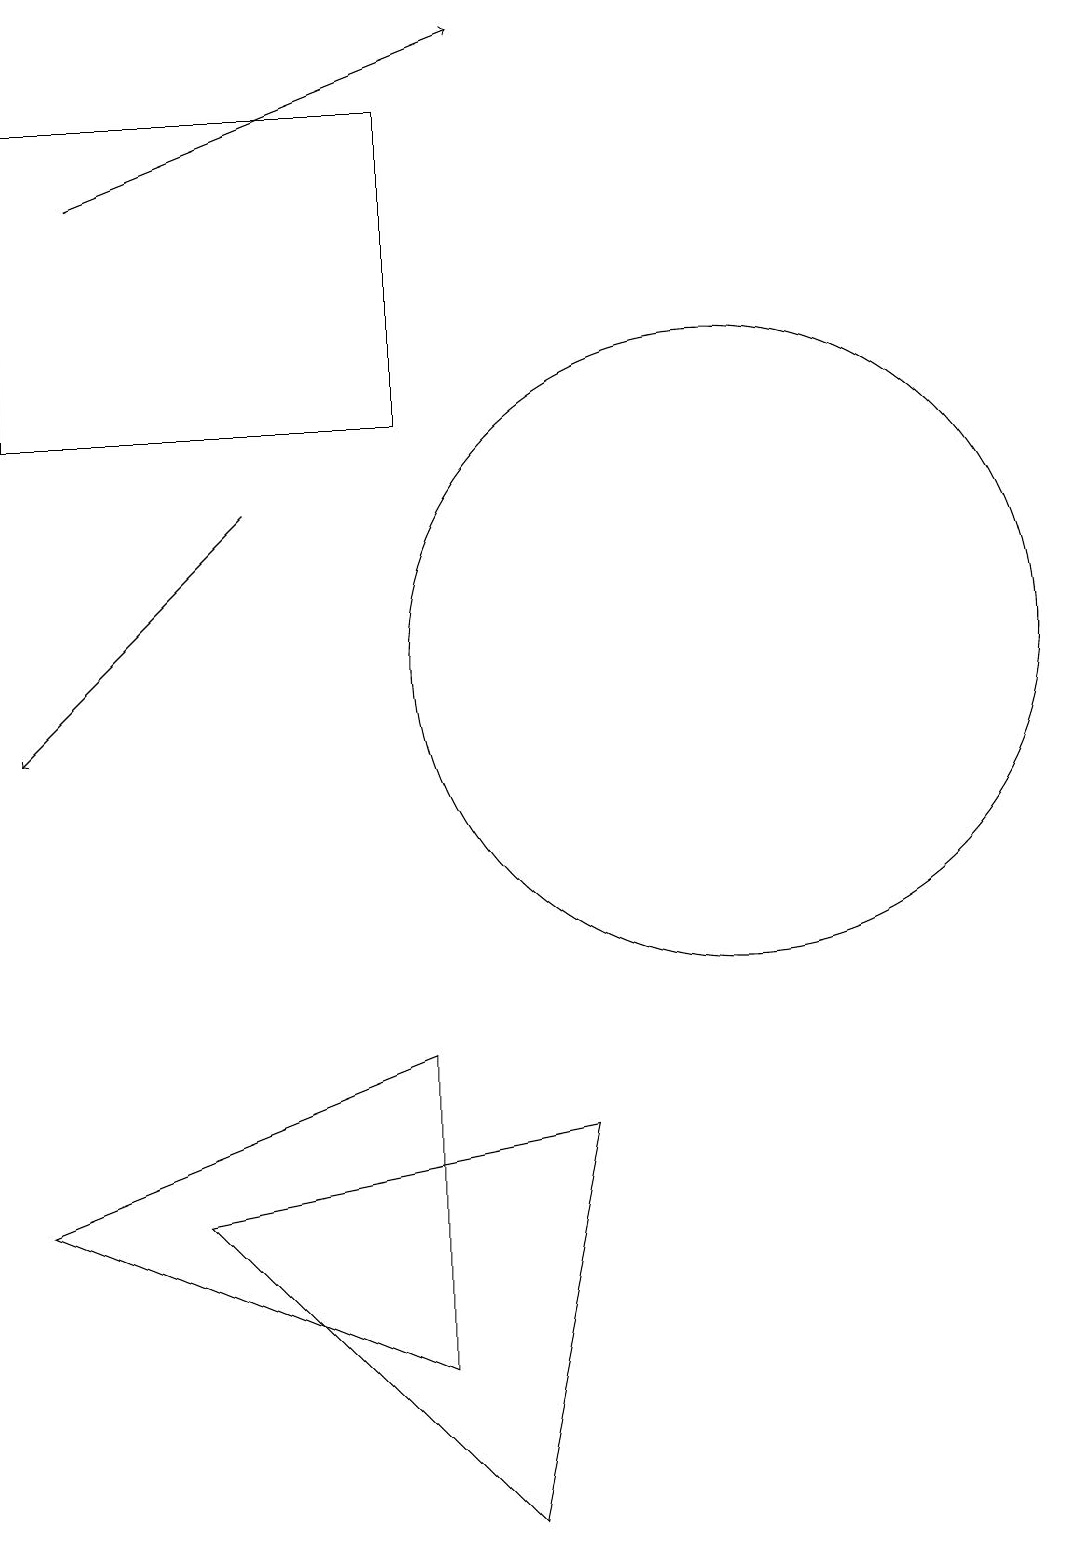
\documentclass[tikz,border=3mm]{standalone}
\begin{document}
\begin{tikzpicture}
\draw (11,11) circle (4);
\draw (2,14) rectangle (7,18);
\draw[->] (3,17) -- (8,19);
\draw[->] (5,13) -- (2,10);
\draw (9,5) -- (8,0) -- (4,4) -- cycle;
\draw (7,6) -- (2,4) -- (7,2) -- cycle;
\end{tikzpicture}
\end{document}